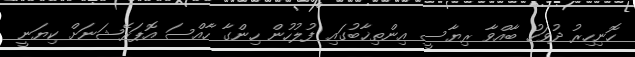
ހޮނިހިރު ދުވަހު ބާއްވާ ރިޔާސީ އިންތިޚާބުގައި ފުލުހުން ހިންގާ ހާއްސަ އޮޕަރޭޝަނަށް ކިޔަނީ